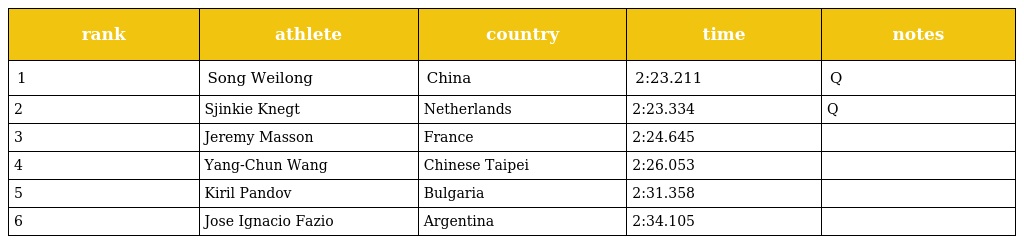
| rank | athlete | country | time | notes |
 | --- | --- | --- | --- | --- |
 | 1 | Song Weilong | China | 2:23.211 | Q |
 | 2 | Sjinkie Knegt | Netherlands | 2:23.334 | Q |
 | 3 | Jeremy Masson | France | 2:24.645 |  |
 | 4 | Yang-Chun Wang | Chinese Taipei | 2:26.053 |  |
 | 5 | Kiril Pandov | Bulgaria | 2:31.358 |  |
 | 6 | Jose Ignacio Fazio | Argentina | 2:34.105 |  |